Calcutta medical institutions reports 1871-78
Year: 1871
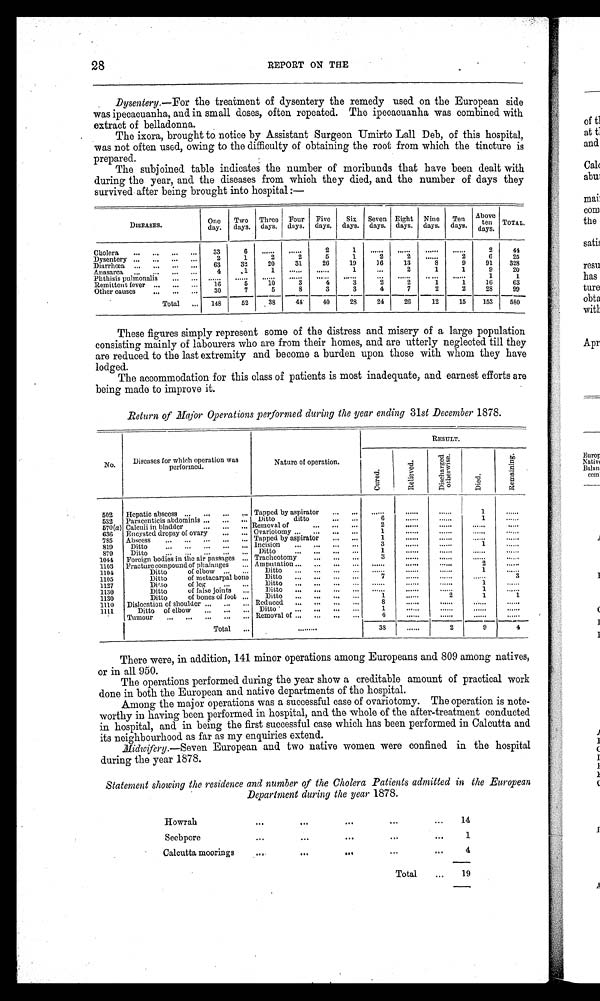
28
REPORT ON THE
Dysentery .—For the treatment of dysentery the remedy used on the European side
was ipecacuanha, and in small doses, often repeated. The ipecacuanha was combined with
extract of belladonna.
The ixora, brought to. notice by Assistant Surgeon Umirto Lall Deb, of this hospital,
was not often used, owing to the difficulty of obtaining the root from which the tincture is
prepared.
The subjoined table indicates the number of moribunds that have been dealt with
during the year, and the diseases from which they died, and the number of days they
survived, after being brought into hospital:—
DISEASES.
One
day.
Two
days.
Three
days.
Four
days.
Five
days.
Six
days.
Seven
days.
Eight
days.
Nine
days.
Ten
days.
Above
ten
days.
TOTAL.
Cholera
33
6
. . . . . . . . . . . .
2
1
. . . . . .
. . . . . .
. . . . . .
. . . . . .
2
44
Dysentery
2
1
2
2
5
1
2
2
. . . . . .
2
6
25
D i a r r h œ a
63
32
20
31
26
19
1 6
13
8
9
91
328
Anasarca
4
1
1
. . . . . .
. . . . . .
1
. . .
2
1
1
9
20
Phthisis pulmonalis
. . . . . .
. . . . . .
. . . . . .
. . . . . .
. . . . . .
. . . . . .
. . .
. . . . . .
. . . . . .
. . . . . .
1
1
Remittent fever
16
5
10
3
4
3
2
2
1
1
16
63
Other causes
30
7
5
8
3
3
4
7
2
2
28
99
Total
148
52
38
44
40
28
24
26
12
15
153
580
These figures simply represent some of the distress and misery of a large population
consisting mainly of labourers who are from their homes, and are utterly neglected till they
are reduced to the last extremity and become a burden upon those with whom they have
lodged.
The accommodation for this class of patients is most inadequate, and earnest efforts are
being made to improve it.
Return of Major Operations performed during the year ending 31st December 1878.
No.
Diseases for which operation was
performed.
Nature of operation.
RESULT.
Cured.
Rel i eved.
Discharged otherwise
Di ed
Remai ni ng
502
Hepatic abscess
Tapped by aspirator
. . . . . .
. . . . . .
. . . . . .
1
. . . . . .
532
Paracenticis abdominis
Ditto
ditto
6
. . . . . .
. . . . . .
1
. . . . . .
570(a) Calculi in bladder
Removal of
2
. . . . . .
. . . . . .
. . . . . .
. . . . . .
636 Encysted dropsy of ovary
Ovariotomy
1
. . . . . .
. . . . . .
. . . . . . ......
785
Abscess
Tapped by aspirator
1
. . . . . .
. . . . . .
. . . . . . ......
819
Ditto
Incision
3
. . . . . .
. . . . . .
1
......
879
Ditto
Ditto
1
. . . . . .
. . . . . .
. . . . . .
. . . . . .
1044 Foreign bodies in the air passages
Tracheotomy
3
. . . . . .
. . . . . . .
. . . . . . ......
1103 Fracturecompoundof phalanges
Amputation
. . . . . .
. . . . . .
. . . . . .
2
. . . . . .
1104
Ditto
of elbow
Ditto
. . . . . .
. . . . . .
. . . . . .
1
. . . . . .
1105
Ditto
of metacarpal bone
Ditto
7
. . . . . .
. . . . . .
. . . . . .
3
1127
Ditto
of leg
Ditto
. . . . . .
. . . . . .
. . . . . .
1
. . . . . .
1130
Ditto
of false joints
Ditto
. . . . . .
. . . . . .
. . . . . .
1
. . . . . .
1130
Ditto
of bones of foot
Ditto
1
. . . . . .
2
1
1
1110
Dislocation of shoulder
Reduced
8
. . . . . .
. . . . . .
. . . . . .
. . . . . .
1111
Ditto of elbow
Ditto
1
......
. . . . . .
. . . . . .
. . . . . .
Tumour
Removal of
4
. . . . . .
. . . . . .
. . . . . .
. . . . . .
Total
38
......
2
9
4
There were, in addition, 141 minor operations among Europeans and 809 among natives,
or in all 950.
The operations performed during the year show a creditable amount of practical work
done in both the European and native departments of the hospital.
Among the major operations was a successful case of ovariotomy. The operation is note
- w o r t h y i n h a v i n g b e e n p e r f o r m e d i n h o s p i t a l , a n d t h e w h o l e o f t h e a f t e r - t r e a t m e n t c o n d u c t e d
in hospital, and in being the first successful case which has been performed in Calcutta and
its neighbourhood as far as my enquiries extend.
Midwifery.—Seven European and two native women were confined in the hospital
during the year 1878.
Statement showing the residence and number of the Cholera Patients admitted in the European
Department during the year 1878.
Howrah
14
Seebpore
1
Calcutta moorings
4
T o t a l
19